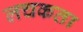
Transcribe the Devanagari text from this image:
लचकता